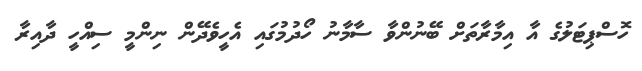
ހޮސްޕިޓަލުގެ އާ އިމާރާތަށް ބޭނުންވާ ސާމާނު ހޯދުމުގައި އެހީވެދޭން ނިންމީ ސިއްހީ ދާއިރާ